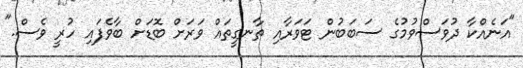
"އަނެއްކާ ދުވަސްވުމުގެ ސަބަބުން ޓަވަރާއި ތާނގީތައް ވަރަށް ބޮޑަށް ބާވެފައި ހުރީ ވެސް."